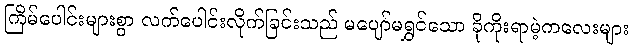
ကြိမ်ပေါင်းများစွာ လက်ပေါင်းလိုက်ခြင်းသည် မပျော်မရွှင်သော ခိုကိုးရာမဲ့ကလေးများ